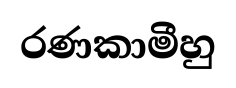
රණකාමීහු